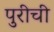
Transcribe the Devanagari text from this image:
पुरीची